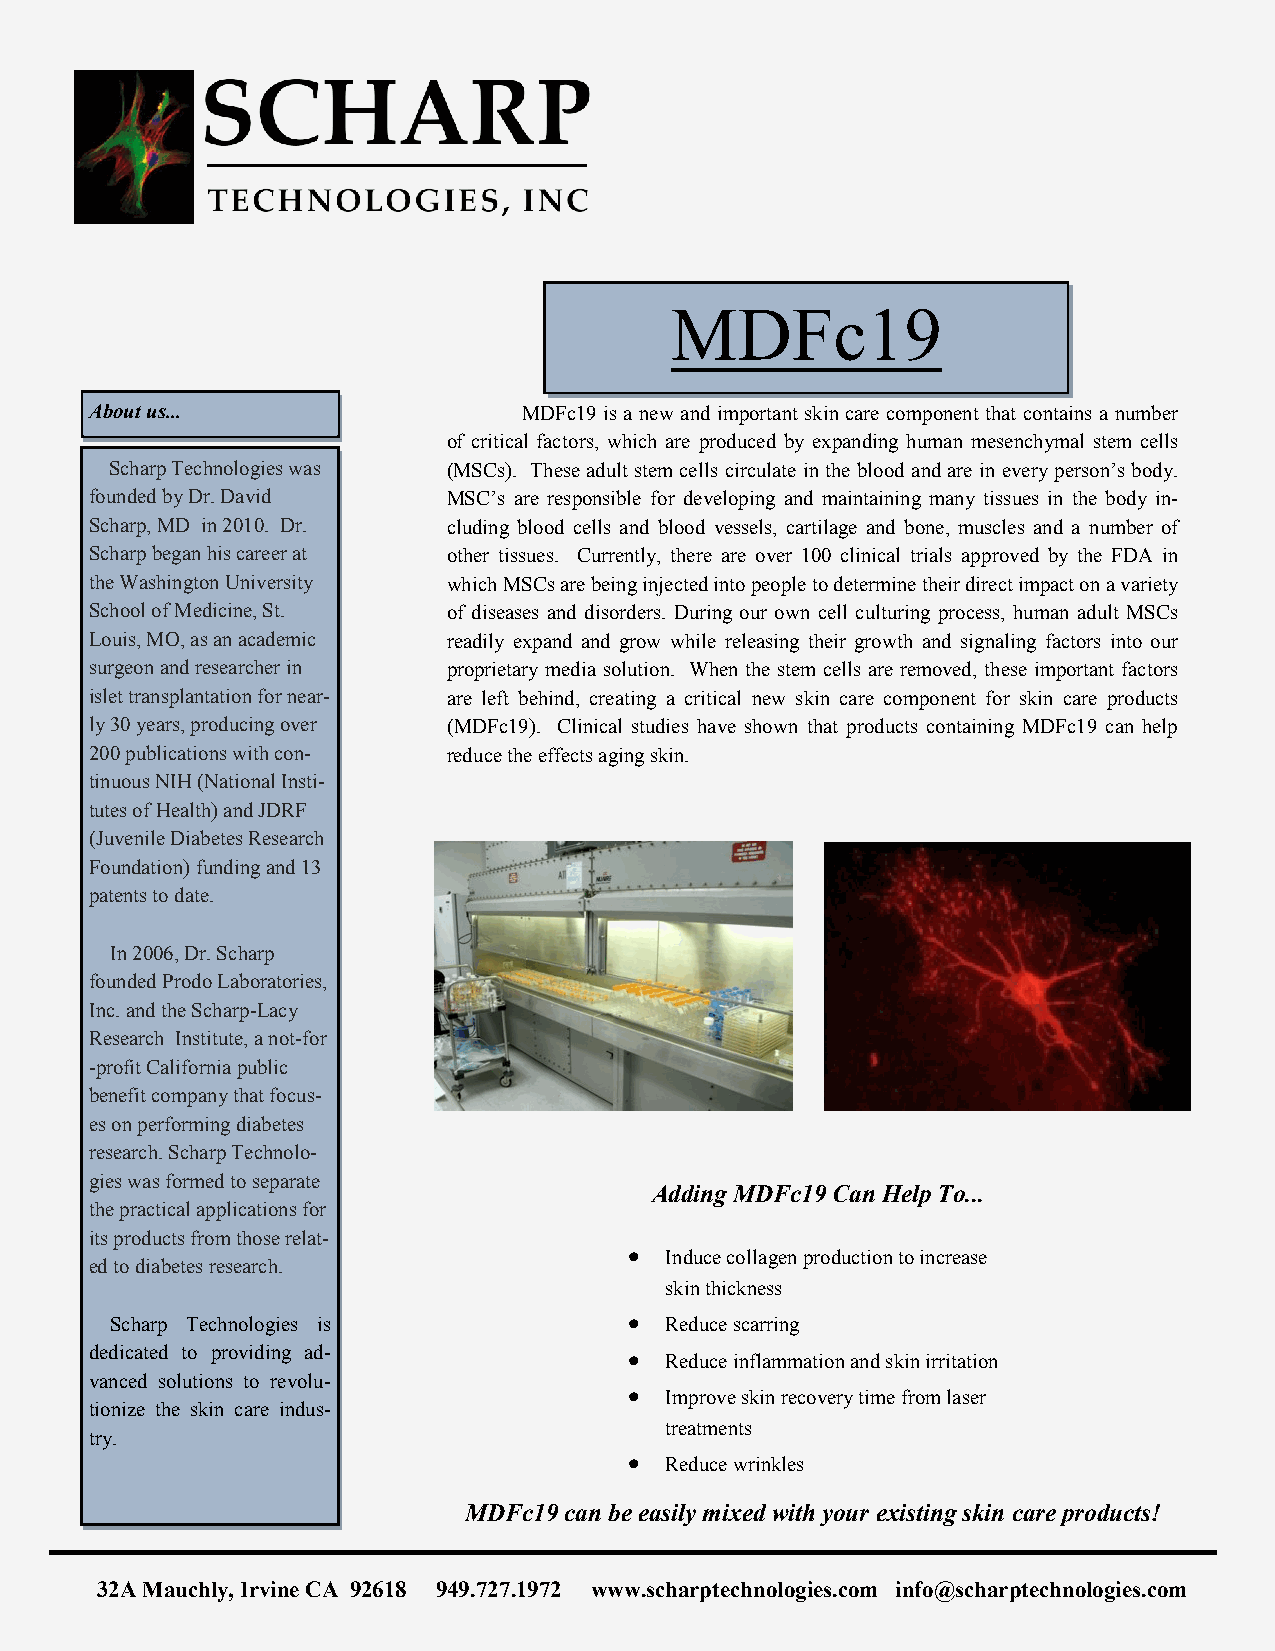
MDFc19
 About us...                  MDFc19 is a new and important skin care component that contains a number
 of critical factors, which are produced by expanding human mesenchymal stem cells
 Scharp Technologies was (MSCs). These adult stem cells circulate in the blood and are in every person’s body.
 founded by Dr. David    MSC’s are responsible for developing and maintaining many tissues in the body in-
 Scharp, MD in 2010. Dr. cluding blood cells and blood vessels, cartilage and bone, muscles and a number of
 Scharp began his career at other tissues. Currently, there are over 100 clinical trials approved by the FDA in
 the Washington University which MSCs are being injected into people to determine their direct impact on a variety
 School of Medicine, St. of diseases and disorders. During our own cell culturing process, human adult MSCs
 Louis, MO, as an academic readily expand and grow while releasing their growth and signaling factors into our
 surgeon and researcher in proprietary media solution. When the stem cells are removed, these important factors
 islet transplantation for near- are left behind, creating a critical new skin care component for skin care products
 ly 30 years, producing over (MDFc19). Clinical studies have shown that products containing MDFc19 can help
 200 publications with con- reduce the effects aging skin.
 tinuous NIH (National Insti-
 tutes of Health) and JDRF
 (Juvenile Diabetes Research
 Foundation) funding and 13
 patents to date.
 In 2006, Dr. Scharp
 founded Prodo Laboratories,
 Inc. and the Scharp-Lacy
 Research Institute, a not-for
 -profit California public
 benefit company that focus-
 es on performing diabetes
 research. Scharp Technolo-
 gies was formed to separate
 Adding MDFc19 Can Help To...
 the practical applications for
 its products from those relat-
  Induce collagen production to increase
 ed to diabetes research.
 skin thickness
 Scharp Technologies is              Reduce scarring
 dedicated to providing ad-           Reduce inflammation and skin irritation
 vanced solutions to revolu-
  Improve skin recovery time from laser
 tionize the skin care indus-
 treatments
 try.
  Reduce wrinkles
 MDFc19 can be easily mixed with your existing skin care products!
 32A Mauchly, Irvine CA 92618 949.727.1972 www.scharptechnologies.com info@scharptechnologies.com